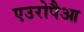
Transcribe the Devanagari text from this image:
एउरोपैआ